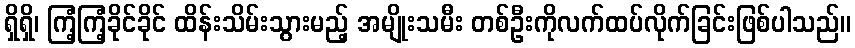
ရှိရှိ၊ ကြံ့ကြံ့ခိုင်ခိုင် ထိန်းသိမ်းသွားမည့် အမျိုးသမီး တစ်ဦးကိုလက်ထပ်လိုက်ခြင်းဖြစ်ပါသည်။